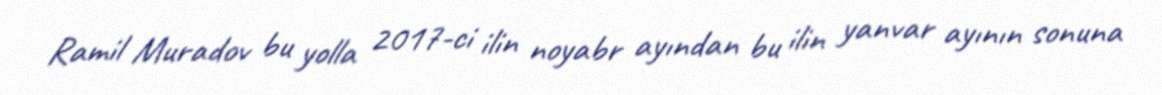
Ramil Muradov bu yolla 2017-ci ilin noyabr ayından bu ilin yanvar ayının sonuna